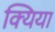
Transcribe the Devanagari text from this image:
क्यिया